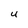
Character: u